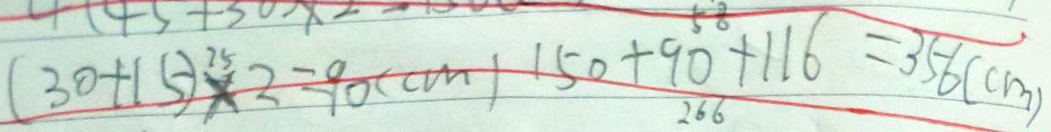
( 3 0 + 1 5 ) \times 2 = 9 0 ( c m ) 1 5 0 + 9 0 + 1 1 6 = 3 5 6 ( c m )